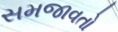
સમજાવતો